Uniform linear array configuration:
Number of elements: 4
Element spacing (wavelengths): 0.5
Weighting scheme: blackman
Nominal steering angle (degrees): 45
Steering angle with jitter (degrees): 43.761
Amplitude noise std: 0.05
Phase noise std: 0.05

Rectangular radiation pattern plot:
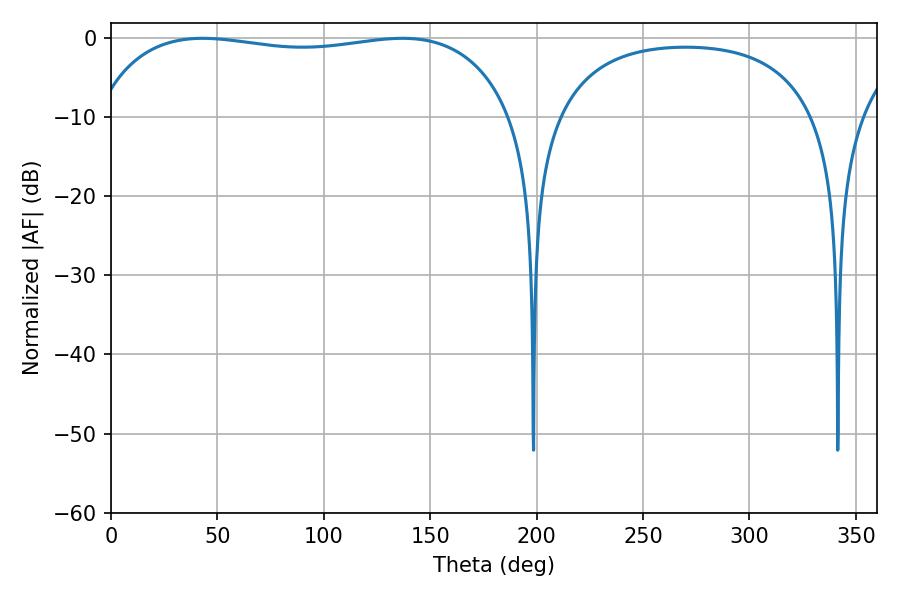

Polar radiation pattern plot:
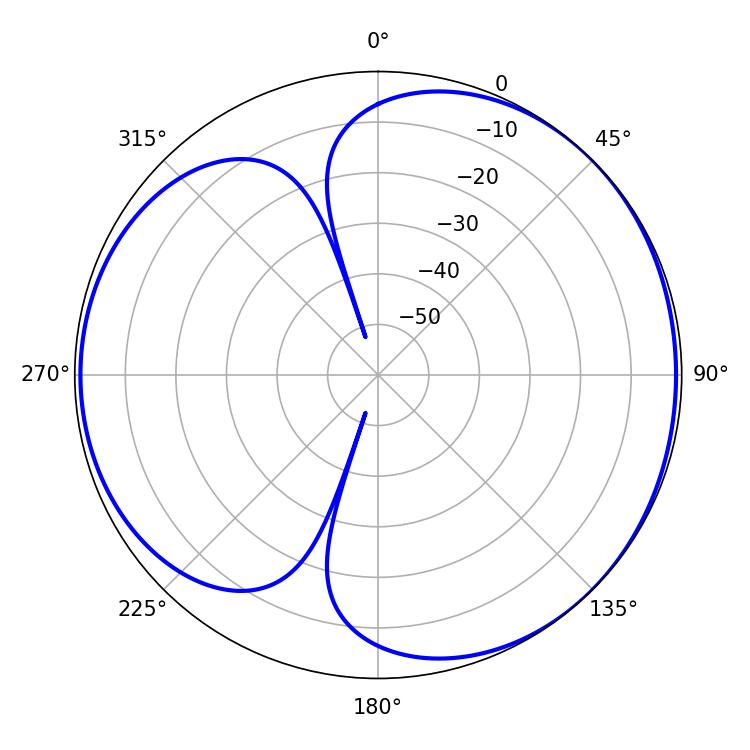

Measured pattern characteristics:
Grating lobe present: FALSE
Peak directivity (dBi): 4.259
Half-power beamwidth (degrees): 158.76
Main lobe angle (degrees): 43.02